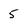
Character: 5